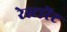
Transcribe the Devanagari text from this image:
रेस्टारेंट